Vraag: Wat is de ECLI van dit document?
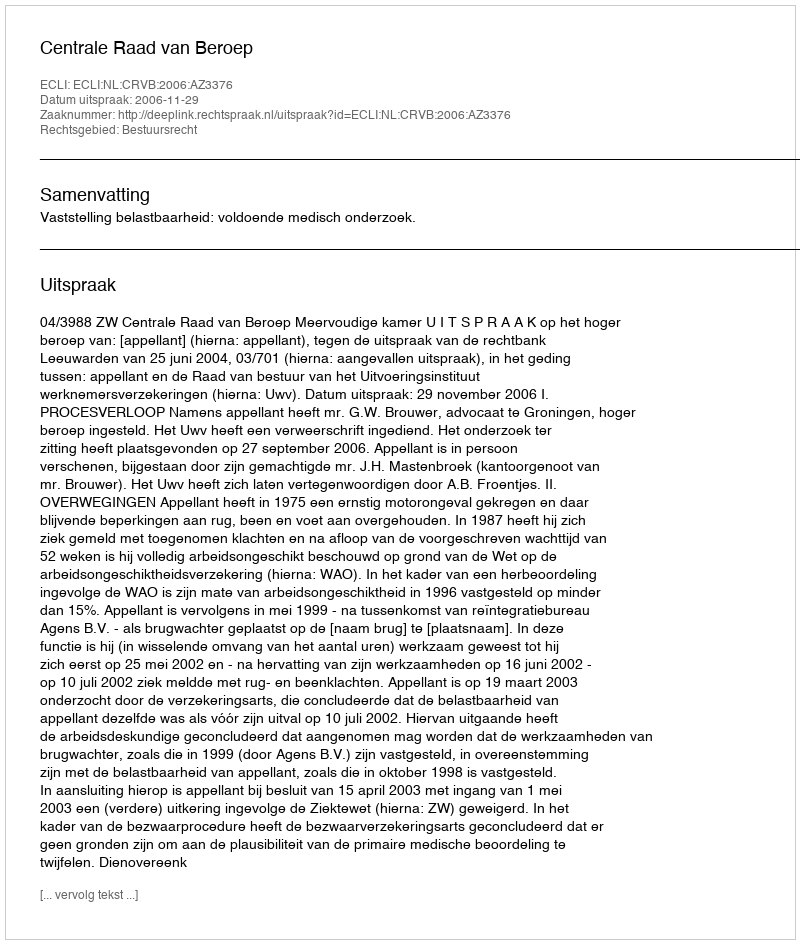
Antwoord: ECLI:NL:CRVB:2006:AZ3376